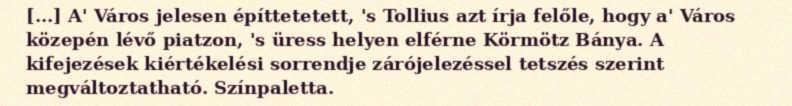
[...] A' Város jelesen építtetetett, 's Tollius azt írja felőle, hogy a' Város közepén lévő piatzon, 's üress helyen elférne Körmötz Bánya. A kifejezések kiértékelési sorrendje zárójelezéssel tetszés szerint megváltoztatható. Színpaletta.